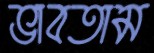
ভাবতাম